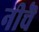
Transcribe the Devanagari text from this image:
नीचॆ